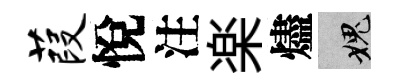
葭悅注楽燼愧